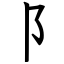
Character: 阝